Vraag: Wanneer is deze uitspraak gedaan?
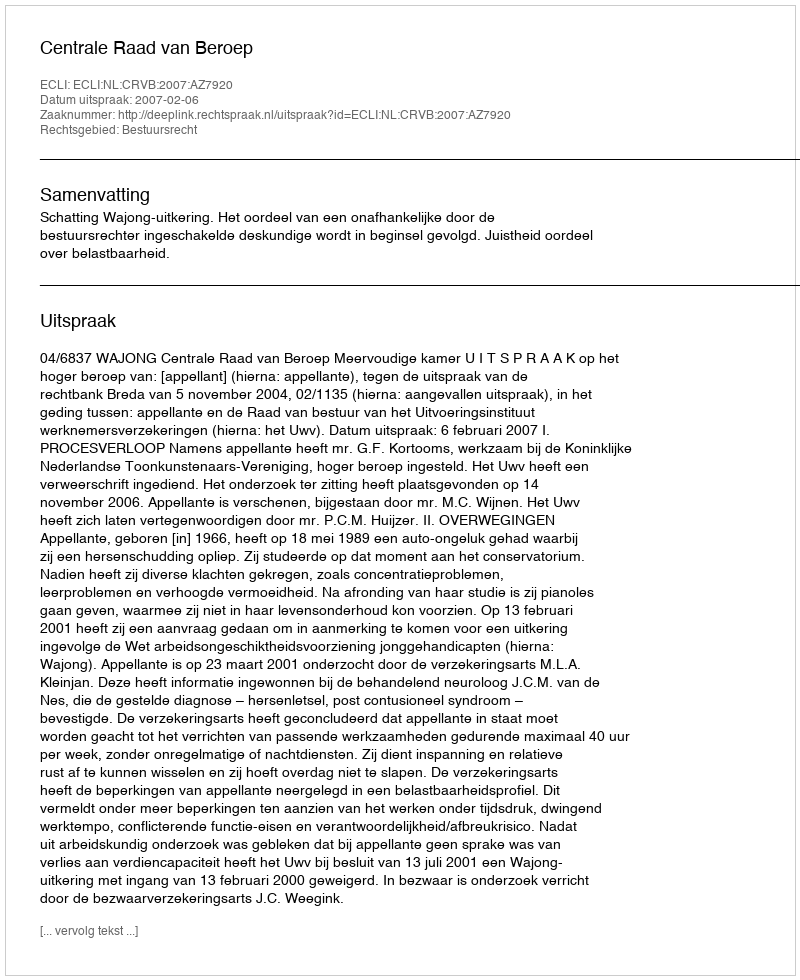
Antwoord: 2007-02-06